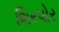
શિરપોર